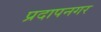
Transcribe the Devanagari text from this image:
प्रदापनगर